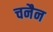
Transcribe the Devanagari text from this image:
चनैन